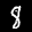
Label: 8